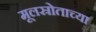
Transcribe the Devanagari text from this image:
मूलस्रोताच्या